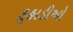
કૂહાડીઓ